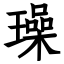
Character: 璪